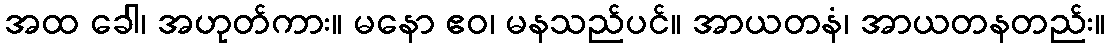
အထ ခေါ၊ အဟုတ်ကား။ မနော ဧဝ၊ မနသည်ပင်။ အာယတနံ၊ အာယတနတည်း။